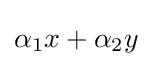
\alpha _{1}x+\alpha _{2}y